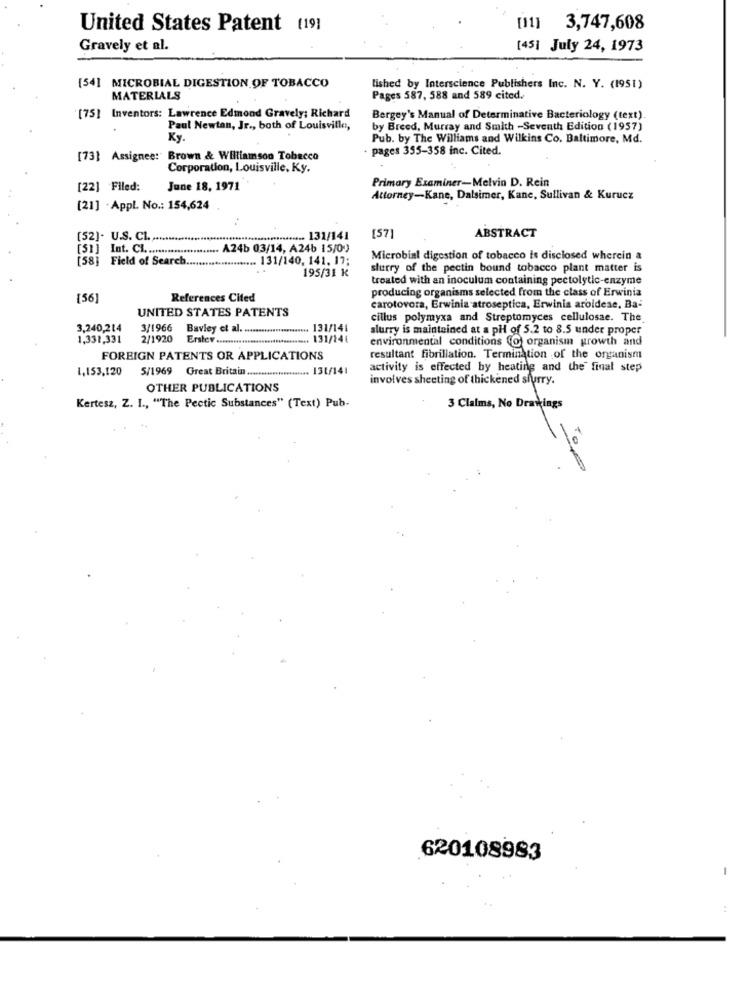
United States Patent (19]
[11] 3,747,608
Gravely et al.
[45] July 24, 1973
[54] MICROBIAL DIGESTION OF TOBACCO
lished by Interscience Publishers Inc. N. Y. (1951)
MATERIALS
Pages 587, 588 and 589 cited.
[75] Inventors: Lawrence Edmond Gravely; Richard
Bergey's Manual of Determinative Bacteriology (text).
Paul Newtan, Jr ., both of Louisville,
by Breed, Murray and Smith -Seventh Edition (1957)
Ky.
Pub. by The Williams and Wilkins Co. Baltimore, Md.
- pages 355-358 inc. Cited.
[73] Assignee: Brown & Williamson Tobacco
Corporation, Louisville, Ky.
Primary Examiner-Melvin D. Rein
[22] Filed:
June 18, 1971
Attorney-Kane, Dalsimer, Kane, Sullivan & Kurucz
[21] . Appl. No .: 154,624
[52]- U.S. CL.
.131/141
[57]
ABSTRACT
[5]] Int. Cl ....................... A24b 03/14, A24b 15/00
[58] Field of Search.
.. 131/140, 141. 17;
Microbial digestion of tobacco is disclosed wherein a
195/31 k
slurry of the pectin bound tobacco plant matter is
treated with an inoculum containing pectolytic-enzyme
producing organisms selected from the class of Erwinia
[56]
References Cited
UNITED STATES PATENTS
carotovora, Erwinia atroseptica, Erwinia aroidese, Ba-
cillus polymyxa and Streptomyces cellulosae. The.
3,240,214
3/1966 Bavley et al. ....................... 131/141
slurry is maintained at a pH of 5.2 to 8.5 under proper
1,331,331
2/1920 Erster ................................. 131/14€
environmental conditions (o) organism growth and
FOREIGN PATENTS OR APPLICATIONS
resultant fibrillation. Termination of the organism
1,153,120 5/1969 Great Britain ...................... 131/141
activity is effected by heating and the final step
involves sheeting of thickened slurry.
OTHER PUBLICATIONS
Kertesz, Z. I ., "The Pectic Substances" (Text) Pub-
3 Claims, No Drawings
620108983
-